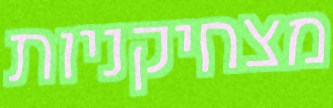
מצחיקניות